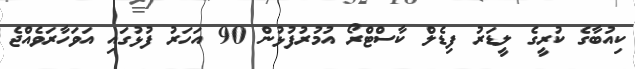
ކިއުބާގެ ކުރީގެ ލީޑަރު ފިޑެލް ކާސްޓްރޯ އުމުރުފުޅުން 90 އަހަރު ފުޅުގައި އަވަހާރަވެއްޖެ